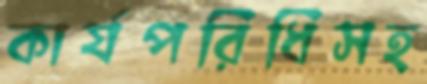
কার্যপরিধিসহ